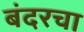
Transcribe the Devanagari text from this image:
बंदरचा